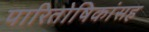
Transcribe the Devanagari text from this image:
पारितोषिकांसह